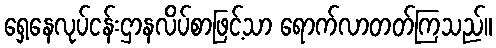
ရှေ့နေလုပ်ငန်းဌာနလိပ်စာဖြင့်သာ ရောက်လာတတ်ကြသည်။